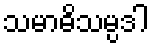
သမာဓိသမ္ပဒါ